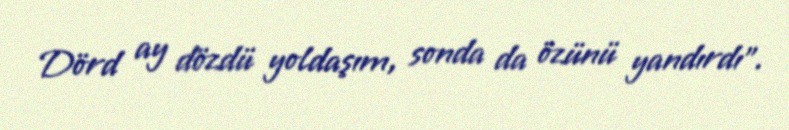
Dörd ay dözdü yoldaşım, sonda da özünü yandırdı”.